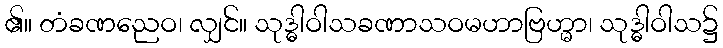
၏။ တံခဏညေဝ၊ လျှင်။ သုဒ္ဓါဝါသခဏာသဝမဟာဗြဟ္မာ၊ သုဒ္ဓါဝါသ၌